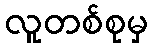
လူတစ်စုမှ